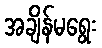
အချိန်မရွေး